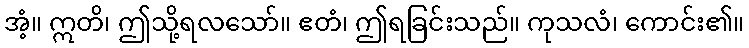
အံ့။ ဣတိ၊ ဤသို့ရလသော်။ ဧတံ၊ ဤရခြင်းသည်။ ကုသလံ၊ ကောင်း၏။